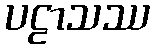
ပဠာသဿ